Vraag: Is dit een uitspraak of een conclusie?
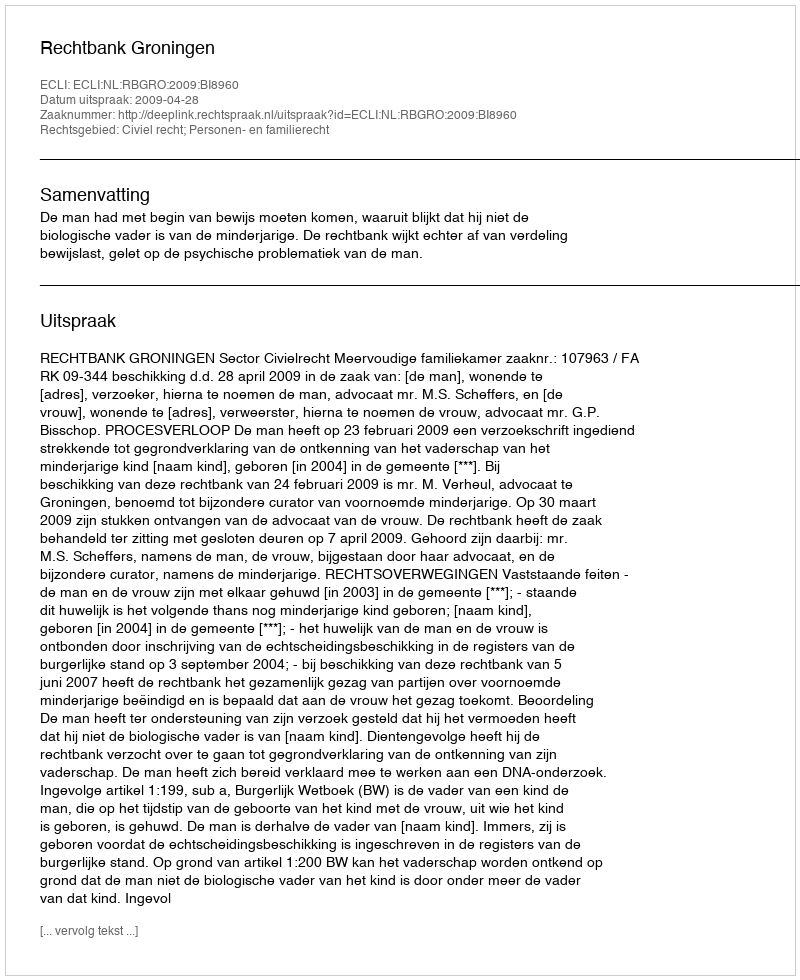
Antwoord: Uitspraak